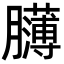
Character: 𦢸